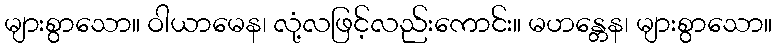
များစွာသော။ ဝါယာမေန၊ လုံ့လဖြင့်လည်းကောင်း။ မဟန္တေန၊ များစွာသော။